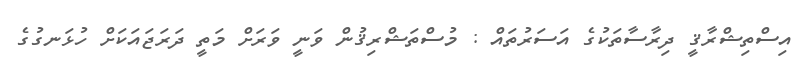
އިސްތިޝްރާޤީ ދިރާސާތަކުގެ އަސަރުތައް : މުސްތަޝްރިޤުން ވަނީ ވަރަށް މަތީ ދަރަޖައަކަށް ހުޅަނގުގެ